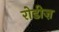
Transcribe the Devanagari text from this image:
रोडीज़